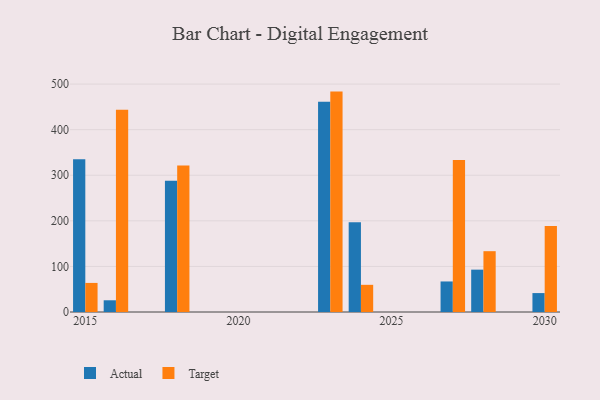
{"axis": {"x": "Year", "y": "Population (Million)"}, "legend": ["Actual", "Target"], "data": [{"x": "2028", "y": 92.9, "type": "Actual"}, {"x": "2028", "y": 133.4, "type": "Target"}, {"x": "2027", "y": 67.0, "type": "Actual"}, {"x": "2027", "y": 333.7, "type": "Target"}, {"x": "2015", "y": 334.9, "type": "Actual"}, {"x": "2015", "y": 63.8, "type": "Target"}, {"x": "2024", "y": 196.9, "type": "Actual"}, {"x": "2024", "y": 59.6, "type": "Target"}, {"x": "2016", "y": 25.7, "type": "Actual"}, {"x": "2016", "y": 443.8, "type": "Target"}, {"x": "2023", "y": 461.2, "type": "Actual"}, {"x": "2023", "y": 483.5, "type": "Target"}, {"x": "2018", "y": 287.8, "type": "Actual"}, {"x": "2018", "y": 321.6, "type": "Target"}, {"x": "2030", "y": 41.5, "type": "Actual"}, {"x": "2030", "y": 188.6, "type": "Target"}]}